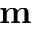
\mathbf { m }